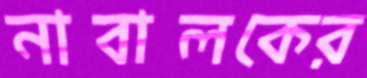
নাবালকের